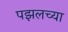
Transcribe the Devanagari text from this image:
पझलच्या